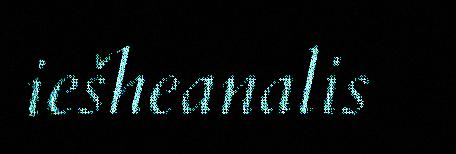
iešheanalis